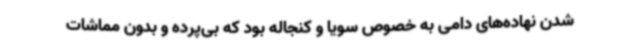
شدن نهاده‌های دامی به خصوص سویا و کنجاله بود که بی‌پرده و بدون مماشات